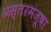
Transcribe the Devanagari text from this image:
प्रस्तरमंजूषा